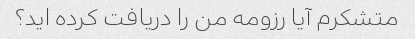
متشکرم آیا رزومه من را دریافت کرده اید؟